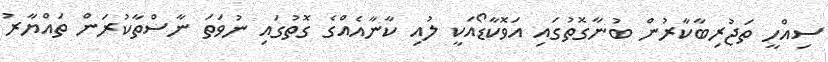
ސިއްހީ ތަޖުރިބާކާރުން ބުނާގޮތުގައި އަވޮކާޑޯއަކީ ލުއި ކާނާއެއްގެ ގޮތުގައި ނުވަތަ ނާސްތާކުރަން ތައްޔާރު